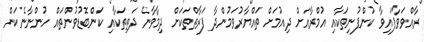
ރާއްވަވާފައިވާ ކުންފުނިތަކާއި އުމްރާއަށް ދިއުމަށް ތައްޔާރުވަމުންދާ ފަރާތްތަކަށް ދިމާވާނެ ދަތިތަކާއި ކަންބޮޑުވުންތައް ހުންނާނެކަން